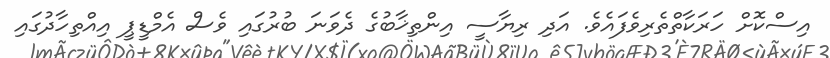
އިސްކޮށް ހަރަކާތްތެރިވެފައެވެ. އަދި ރިޔާސީ އިންތިޚާބުގެ ދެވަނަ ބުރުގައި ވެސް އެމްޑީޕީ އިއްތިހާދުގައި